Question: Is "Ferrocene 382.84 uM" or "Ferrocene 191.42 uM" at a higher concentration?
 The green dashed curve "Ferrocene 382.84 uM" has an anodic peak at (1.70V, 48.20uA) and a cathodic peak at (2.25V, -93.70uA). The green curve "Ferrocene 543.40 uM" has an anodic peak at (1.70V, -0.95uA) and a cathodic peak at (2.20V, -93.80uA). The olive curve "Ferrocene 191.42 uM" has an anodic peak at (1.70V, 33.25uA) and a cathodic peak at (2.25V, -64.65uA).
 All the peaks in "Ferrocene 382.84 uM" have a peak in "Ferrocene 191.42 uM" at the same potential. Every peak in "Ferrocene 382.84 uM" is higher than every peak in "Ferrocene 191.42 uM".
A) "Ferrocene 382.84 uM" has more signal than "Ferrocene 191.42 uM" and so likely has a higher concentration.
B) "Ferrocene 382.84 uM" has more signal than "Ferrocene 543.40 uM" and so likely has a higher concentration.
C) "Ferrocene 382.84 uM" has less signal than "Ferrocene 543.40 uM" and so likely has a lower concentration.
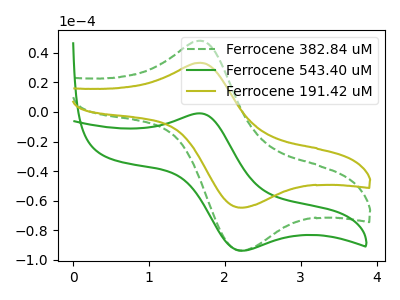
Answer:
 <answer>A) "Ferrocene 382.84 uM" has more signal than "Ferrocene 191.42 uM" and so likely has a higher concentration.</answer>
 <eval>A</eval>